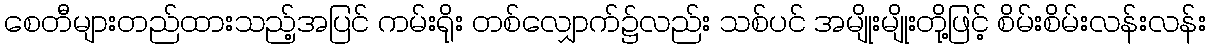
စေတီများတည်ထားသည့်အပြင် ကမ်းရိုး တစ်လျှောက်၌လည်း သစ်ပင် အမျိုးမျိုးတို့ဖြင့် စိမ်းစိမ်းလန်းလန်း